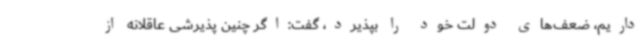
داریم، ضعف‌های دولت خود را بپذیرد، گفت:اگر چنین پذیرشی عاقلانه از